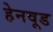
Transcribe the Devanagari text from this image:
हेनवूड